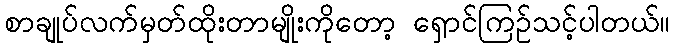
စာချုပ်လက်မှတ်ထိုးတာမျိုးကိုတော့ ရှောင်ကြဉ်သင့်ပါတယ်။